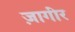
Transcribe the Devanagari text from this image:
ज़ागीर